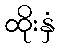
ထိုးနှံ